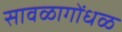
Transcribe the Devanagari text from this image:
सावळागोंधळ